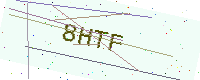
Text: 8HTF